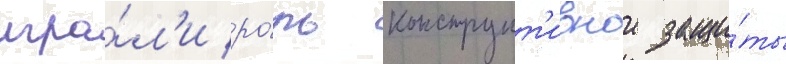
игра́л'и ро́ль конструкт'ивнои защи́ты